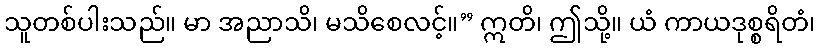
သူတစ်ပါးသည်။ မာ အညာသိ၊ မသိစေလင့်။” ဣတိ၊ ဤသို့။ ယံ ကာယဒုစ္စရိတံ၊